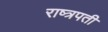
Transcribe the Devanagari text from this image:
राष्त्रपती